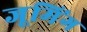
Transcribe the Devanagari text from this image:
जूमिंग